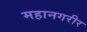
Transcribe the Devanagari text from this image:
महानगरीर